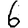
Digit: 6